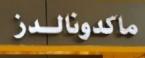
ماكدونالدز